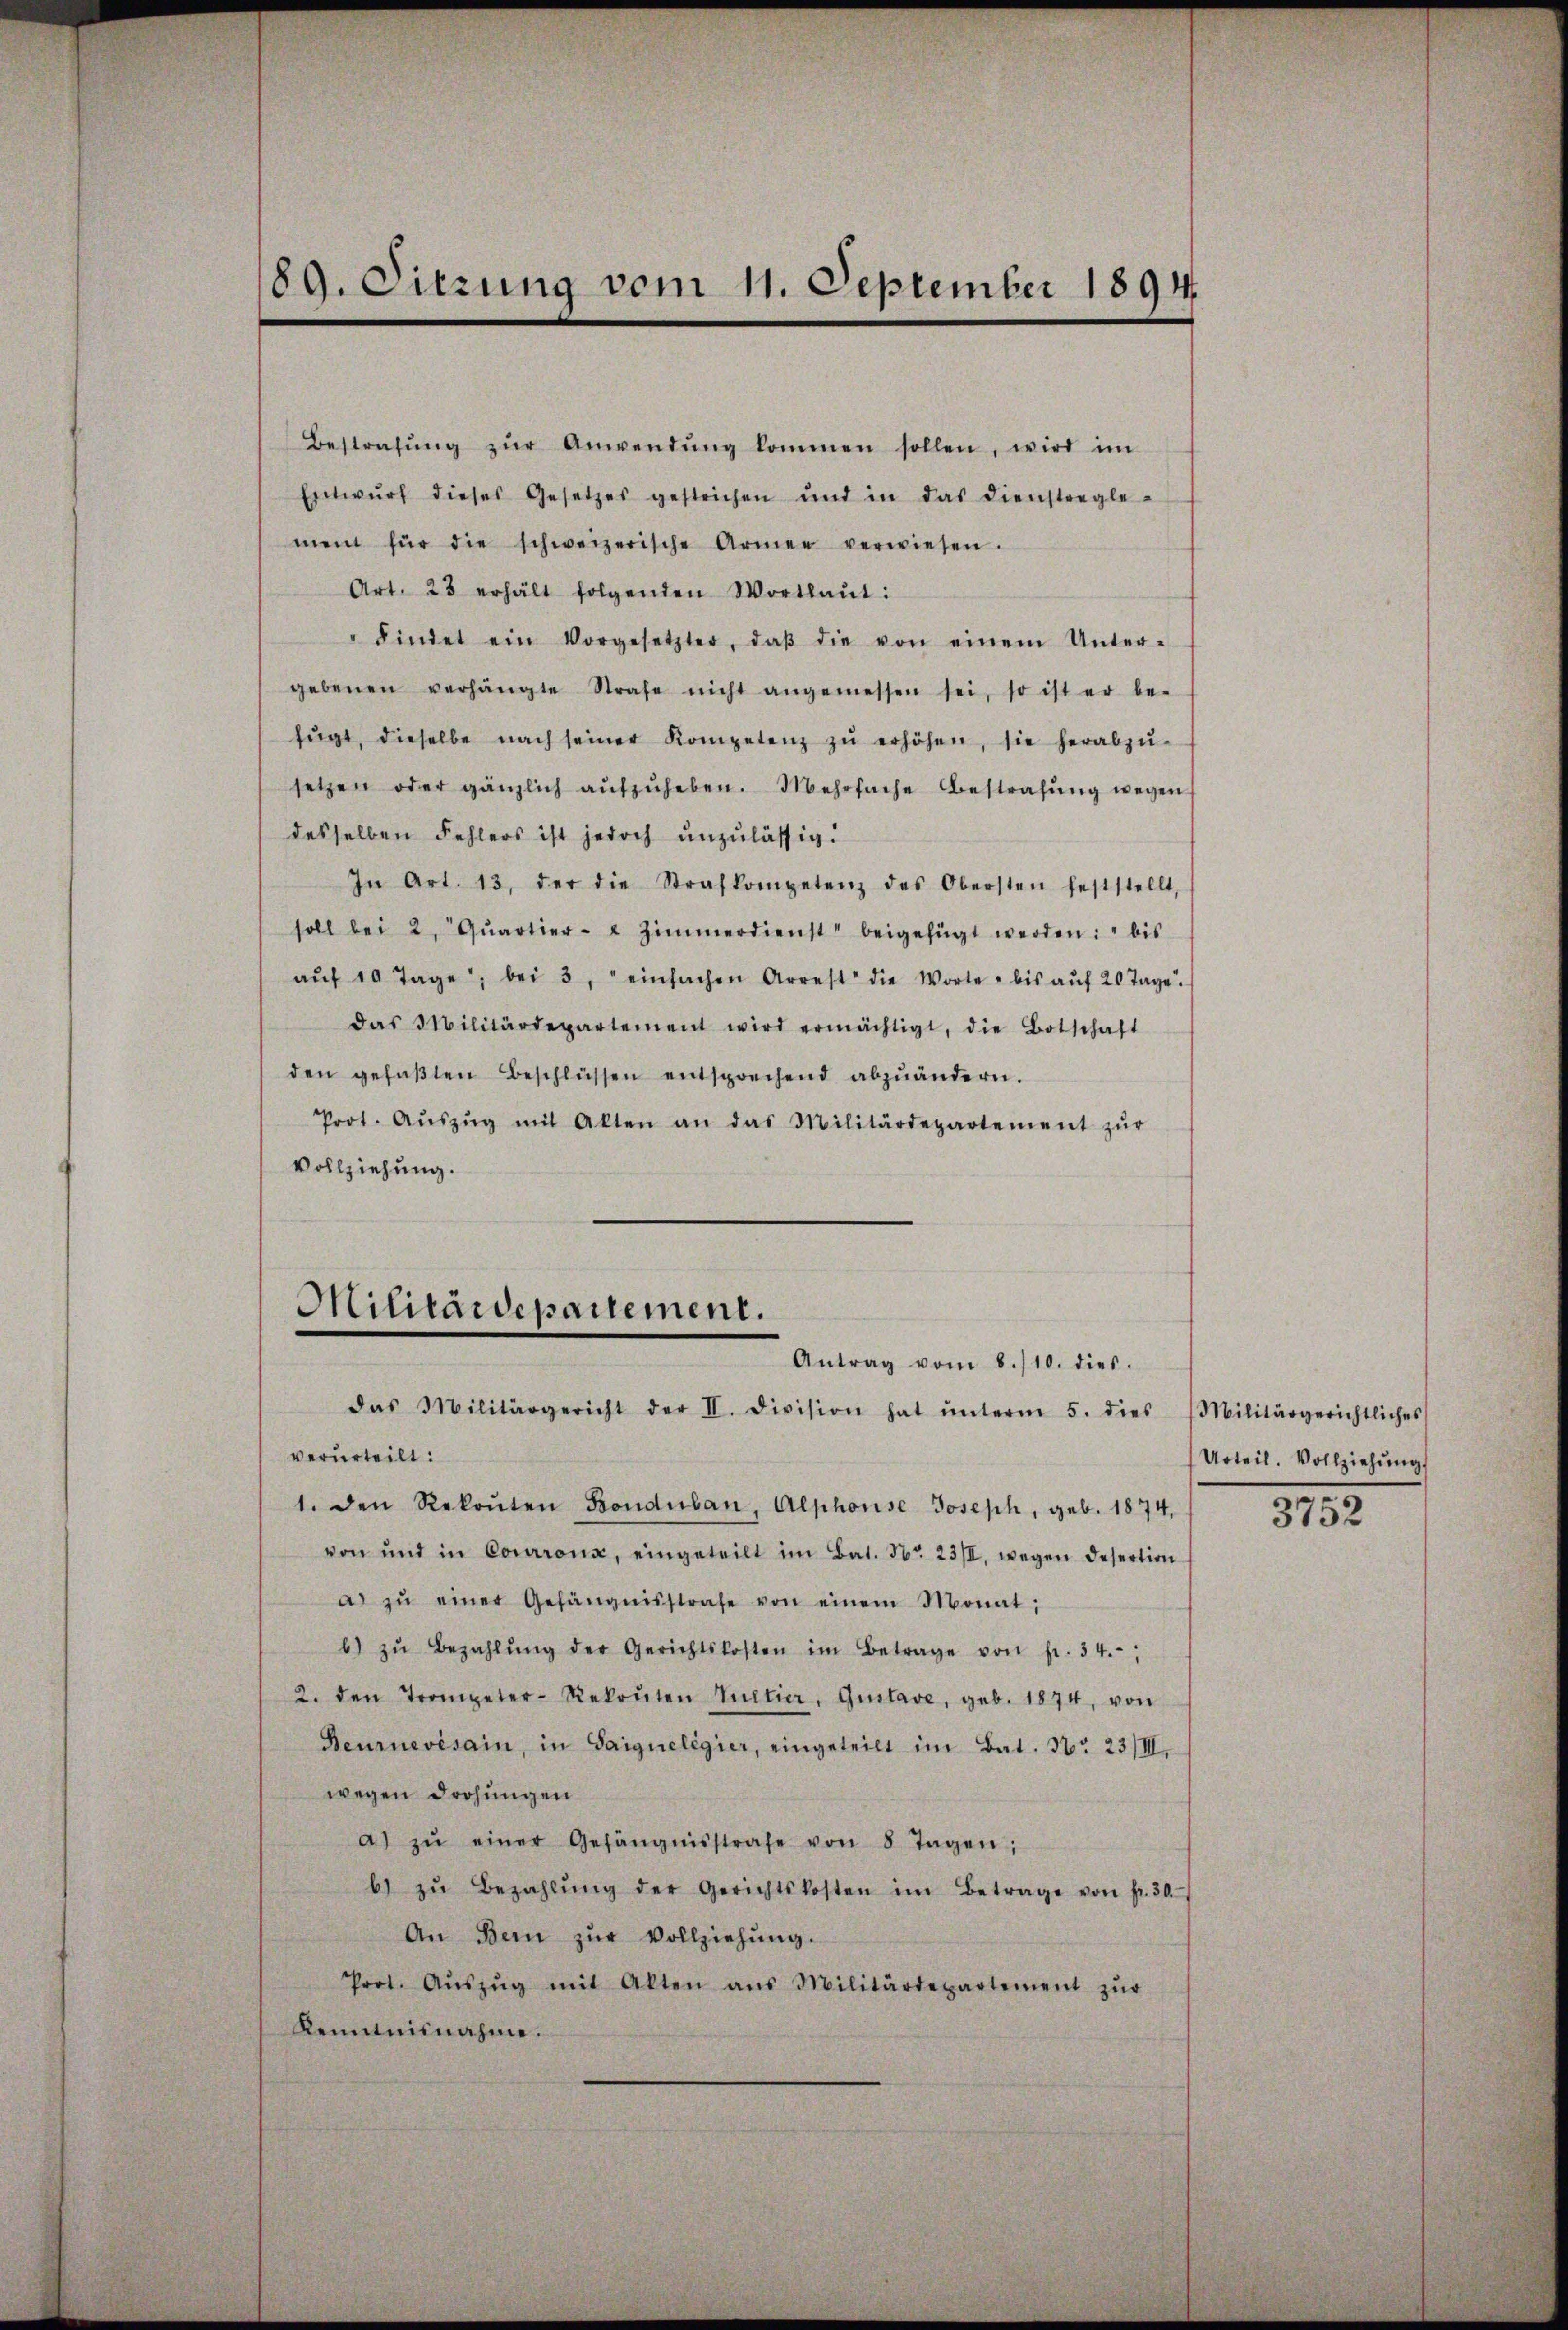
Bestrafŭng zŭr Anwendŭng kommen sollen, wird im
Entwŭrf dieses Gesetzes gestrichen und in das Dienstregle-
ment für die schweizerische Armen verwiesen.
Art. 23 erhält folgenden Wortlaut:
" Findet ein Vorgesetzter, daβ die von einem Unter-
gebenen verhängte Strafe nicht angemessen sei, so ist er be-
fŭgt, dieselbe nach seiner Kompetenz zŭ erhöhen, sie herabzŭ-
setzen oder gänzlich aŭfzŭheben. Mehrfache Bestrafŭng wegen
desselben Fehlers ist jedoch unzulässig.
In Art. 13. der die Strafkompetenz des Obersten feststellt,
soll bei 2. Qŭartier- & Zimmerdienst beigefügt werden: " bis
aŭf 10 Tage, bei 3, einfachen Arrest die Worte - bis aŭf 20 Tage.
das Militärdepartement wird ermächtigt, die Botschaft
den gefaβten Beschlüssen entsprechend abzuändern.
Prot. Aŭszŭg mit Akten an das Militärdepartement zŭr
Vollziehung.

89. Sitzung vom 11. September 1894.

Militärdepartement.
Antrag vom 8./10. dies

das Militärgericht der II. Division hat ŭnterm 5. dies
verurteilt:
1. den Rekonten Bonduban, Alphorise Joseph, geb. 1874,
von und in Corron, eingeteilt im Bat. Nr. 23/II, wegen Desertion
a zŭ einer Gefängnisstrafe von einem Monat,
b) zŭ bezahlŭng der Gerichtskosten im Betrage von fr. 34.
2. den Trompeter-Rekruten Tultier, Gustave, geb. 1874, von
Beurnevisain, in Saigueligier, eingeteilt im Bat. No 23/III,
wegen drohungen
a) zŭ einer Gefängnisstrafe von 8 Tagen;
b) zŭ bezahlŭng der Gerichtskosten im Betrage von fr. 50.
An Bern zŭr Vollziehŭng.
Prot. Aŭszŭg mit Alten aus Militärdepartement zŭr
Renntnisnahme.

Militärgerichtliches
Urteil. Vollziehŭng

3752